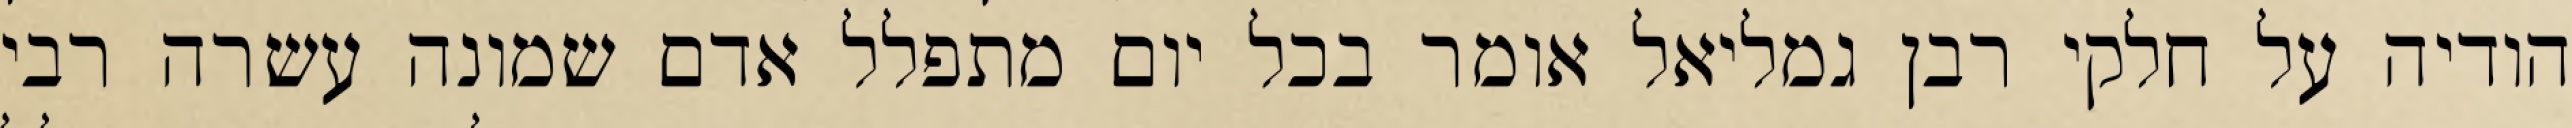
הודיה על חלקי רבן גמליאל אומר בכל יום מתפלל אדם שמונה עשרה רבי